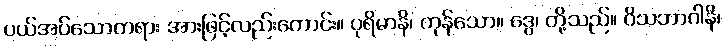
ပယ်အပ်သောတရား အားဖြင့်လည်းကောင်း။ ပုရိမာနိ၊ ကုန်သော။ ဒွေ၊ တို့သည်။ ဝိသဘာဂါနိ၊